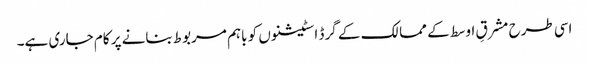
اسی طرح مشرقِ اوسط کے ممالک کے گرڈ اسٹیشنوں کو باہم مربوط بنانے پر کام جاری ہے۔